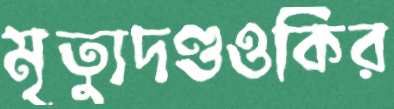
মৃত্যুদণ্ডওকির